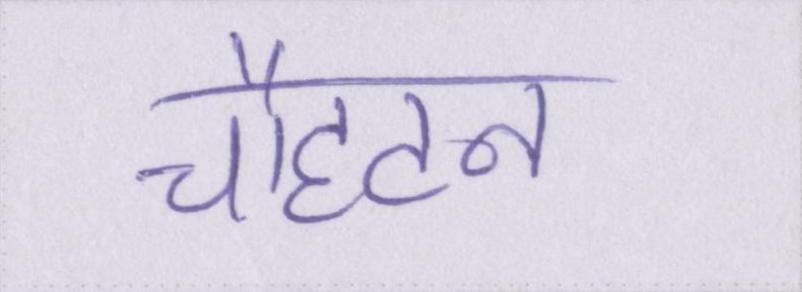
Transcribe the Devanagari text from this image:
चौहटन